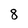
Character: 8